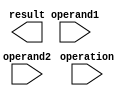
module floating_point_unit (
    input [31:0] operand1,
    input [31:0] operand2,
    input [1:0] operation,
    output reg [31:0] result
);

reg [63:0] extended_operand1;
reg [63:0] extended_operand2;
reg [1:0] operation_result;

always @* begin
    extended_operand1 = {32'd0, operand1};
    extended_operand2 = {32'd0, operand2};
    case(operation)
        2'b00: operation_result = extended_operand1 + extended_operand2; // addition
        2'b01: operation_result = extended_operand1 - extended_operand2; // subtraction
        2'b10: operation_result = extended_operand1 * extended_operand2; // multiplication
        2'b11: operation_result = extended_operand1 / extended_operand2; // division
    endcase
end

always @* begin
    case(operation)
        2'b00: result = operation_result[63:32]; // extract result of addition
        2'b01: result = operation_result[63:32]; // extract result of subtraction
        2'b10: result = operation_result[63:32]; // extract result of multiplication
        2'b11: result = operation_result[63:32]; // extract result of division
    endcase
end

endmodule